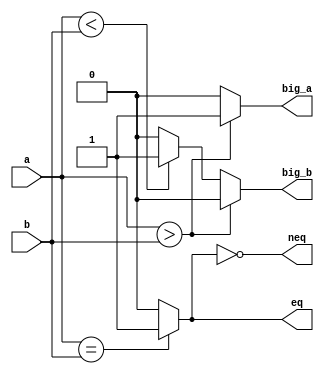
module cmp(a,b,eq,neq,big_a,big_b);
    input a; //target1
    input b; //target2

    output reg eq; //equal flag
    output reg neq; //not equal flag
    output reg big_a; //a is biger than
    output reg big_b; //b is biger than

    assign eq = (a == b) ? 1'b1 : 1'b0;
    assign neq = ~eq; 

    always@(a or b)begin
      if(a>b) begin
        big_a = 1'b1;
        big_b = ~big_a;
      end

      else if(a<b) begin
        big_a = 1'b0;
        big_b = ~big_a;
      end

      else begin
        big_a = 1'b0;
        big_b = big_a;
      end   
    end
endmodule